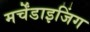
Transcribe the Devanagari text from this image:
मर्चेंडाइजिंग